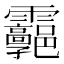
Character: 𩇊